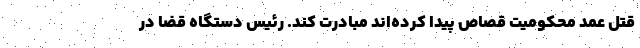
قتل عمد محکومیت قصاص پیدا کرده‌اند مبادرت کند. رئیس دستگاه قضا در